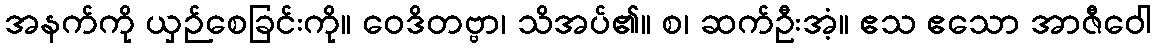
အနက်ကို ယှဉ်စေခြင်းကို။ ဝေဒိတဗ္ဗာ၊ သိအပ်၏။ စ၊ ဆက်ဦးအံ့။ ဧသ ဧသော အာဇီဝေါ